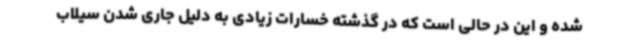
شده و این در حالی است که در گذشته خسارات زیادی به دلیل جاری شدن سیلاب